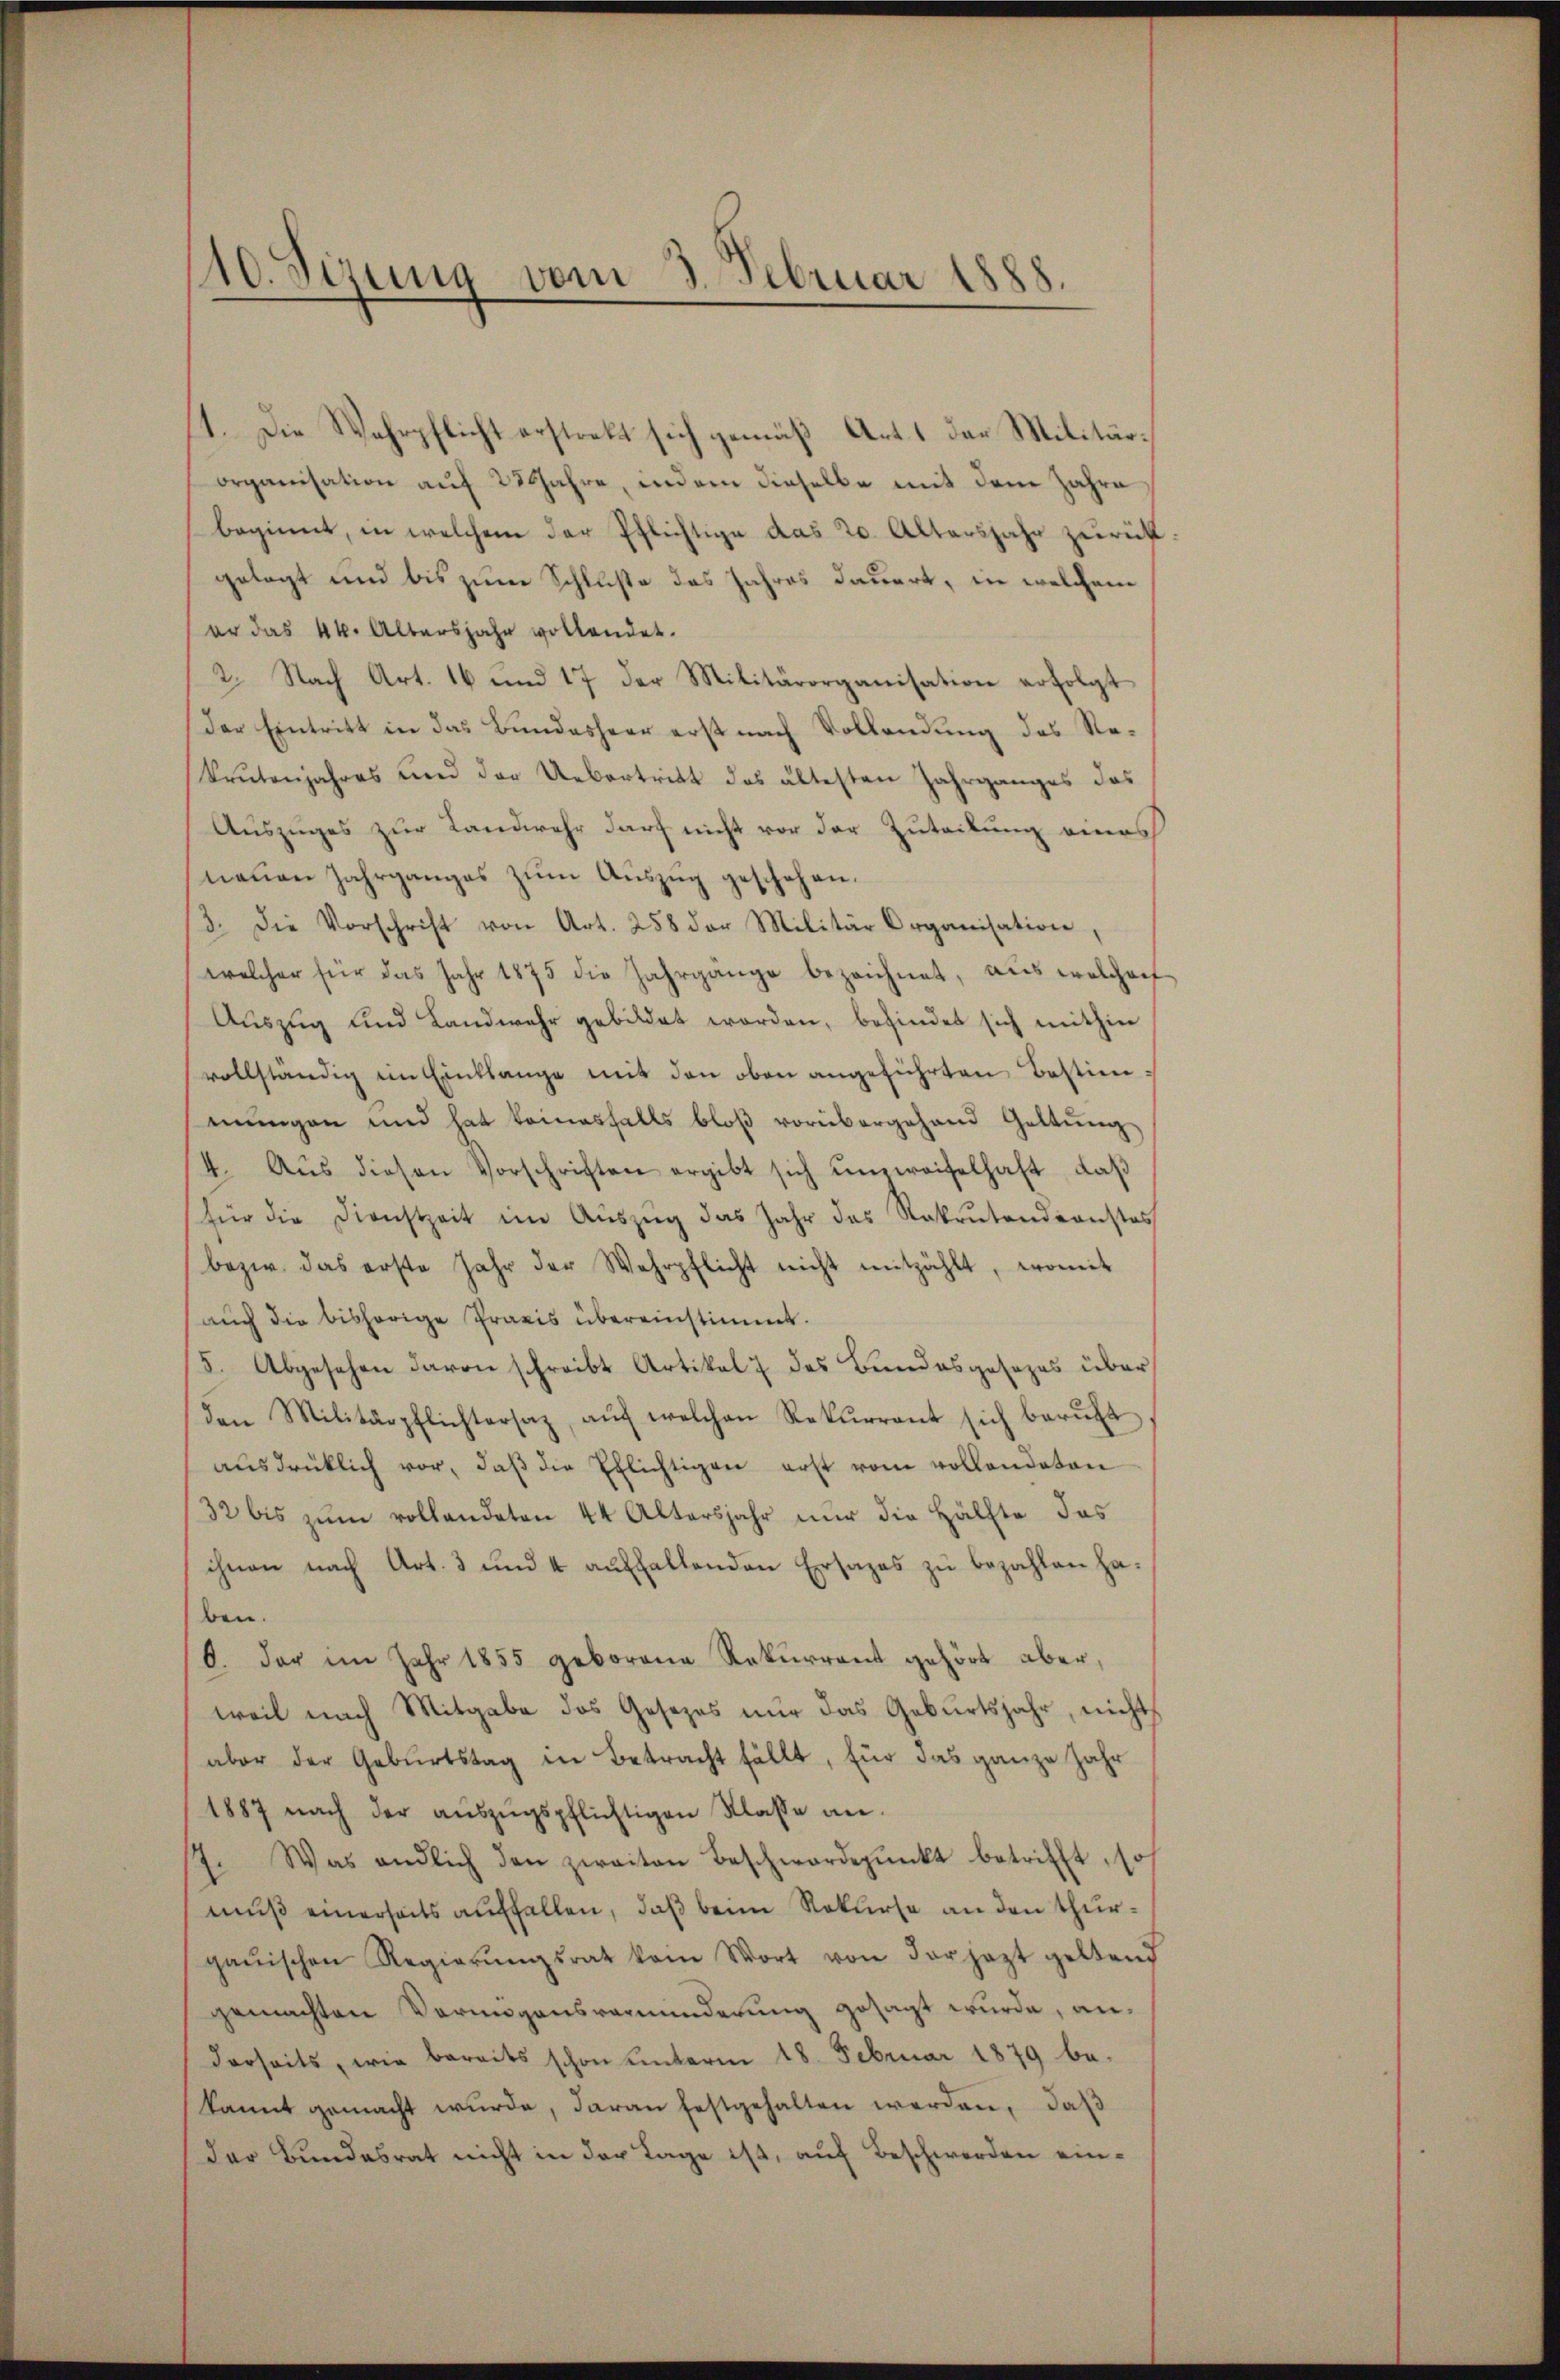
10. Sirung vom 3. Februar 1888

1. Die Wahrpflicht erstrekt sich gemäß Art. 1 der Militärorganisation auf 23 Jahre, indem dieselbe mit dem Jahre
beginnt, in welchem der Pflichtige das 20. Altersjahr zurück
gelegt und bis zum Schluße das Jahres dauert, in welchem
er das 44. Albersjahr vollendet.
2. Nach Art. 16 und 17 der Militärorganisation erfolgt
Der Eintritt in das Bundesheer erst nach Vollendŭng des Re-
Prutenjahres und der Uebertritt des ältesten Jahrganges das
Auszuges zur Landwehr darf nicht vor der Zuteilung eines
neuen Jahrganges zum Auszug geschehen.
3. Die Vorschrift von Art. 258 der Militär Organisation,
welcher für das Jahr 1875 die Jahrgänge bezeichnet, aus welchenf
Aŭszŭg und Landwehr gebildet worden, befindet sich mithin
vollständig im Einklange mit den oben angeführten Bestimmungen und hat keinesfalls bloβ vorübergehend Geltung
4. Aŭs diesen Vorschriften ergibt sich ŭmweifelhaft, daβ
für die Dienstzeit im Aŭszŭg das Jahr das Rekrutendronstes
bezw. das erste Jahr der Wehrpflicht nicht mitzählt, womit
auch die bisherige Praxis übereinstimmt.
5. Abgesehen davon schreibt Artikel 7 des Bundesgesezes über
den Militärpflichtersaz, aŭf welchen Rekurrent sich berŭft
aŭsdrüklich vor, daβ die Ehlichtigen erst vom vollandaten
32 bis zŭm vollendeten 44 Altersjahr nur die Hälfte das
ihnen nach Art. 3 und 4 aŭffallenden Ersages zŭ bezahlen ha-
ben.
O. der im Jahr 1855 geborene Rekurrent gehört aber,
weil nach Mitgabe des Gesezes nur das Geburtsjahr, nicht
aber der Geburtstag in Betracht fällt, für das ganze Jahr
1887 nach der aŭszŭgspflichtigen Klasse an.
7. Was endlich den zweiten Beschwerdepŭnkt betrifft, so
muß einerseits auffallen, daß beim Rekurse an den thurgauischen Regierŭngsrat kam Wort von der jezt geltend
gemachten Vermögensverminderung gesagt wurde, anderseits, wie bereits schon unterm 18. Februar 1879 be-
kannt gemacht wurde, daran festgehalten werden, daß
der Bundesrat nicht in der Lage ist, auf Beschwerden ein¬